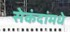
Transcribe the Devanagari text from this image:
सेकंदांमधे